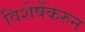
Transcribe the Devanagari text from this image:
विशेषेंकरुन